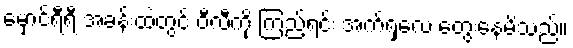
မှောင်ရီရီ အခန်းထဲတွင် ဝီလီကို ကြည့်ရင်း အက်ရှလေ တွေးနေမိသည်။